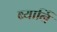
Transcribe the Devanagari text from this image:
ब्यार्नि